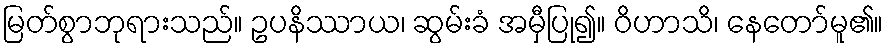
မြတ်စွာဘုရားသည်။ ဥပနိဿာယ၊ ဆွမ်းခံ အမှီပြု၍။ ဝိဟာသိ၊ နေတော်မူ၏။